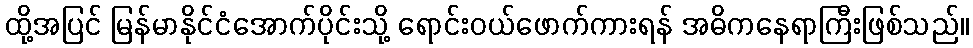
ထို့အပြင် မြန်မာနိုင်ငံအောက်ပိုင်းသို့ ရောင်းဝယ်ဖောက်ကားရန် အဓိကနေရာကြီးဖြစ်သည်။